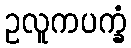
ဥလူကပက္ခံ